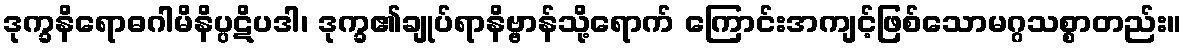
ဒုက္ခနိရောဓဂါမိနိပ္ပဋိပဒါ၊ ဒုက္ခ၏ချုပ်ရာနိဗ္ဗာန်သို့ရောက် ကြောင်းအကျင့်ဖြစ်သောမဂ္ဂသစ္စာတည်း။